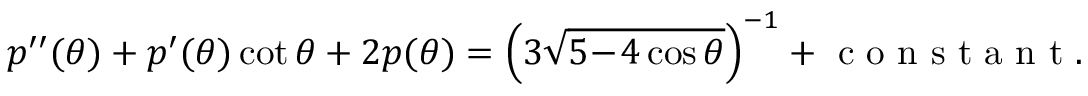
p ^ { \prime \prime } ( \theta ) + p ^ { \prime } ( \theta ) \cot \theta + 2 p ( \theta ) = \Big ( 3 \sqrt { 5 \! - \! 4 \cos \theta } \Big ) ^ { - 1 } + \mathrm { ~ c ~ o ~ n ~ s ~ t ~ a ~ n ~ t ~ } .